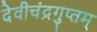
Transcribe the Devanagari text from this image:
देवीचंद्रगुप्तम्‌